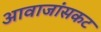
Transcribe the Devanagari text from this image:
आवाजांसकट